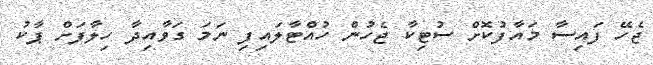
ޖެހޭ ފައިސާ މައާފުކޮށް ސުޓިކާ ޖެހުން ހުއްޓާލައިފި ނަމަ ގަވާއިދާ ހިލާފަށް ޕާކު